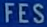
FES